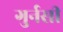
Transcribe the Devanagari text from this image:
गुर्नसी